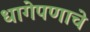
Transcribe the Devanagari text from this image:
धागेपणाचे